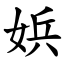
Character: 娦